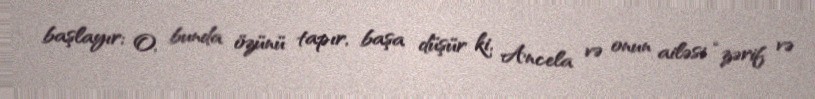
başlayır; O, bunda özünü tapır, başa düşür ki, Ancela və onun ailəsi “zərif və